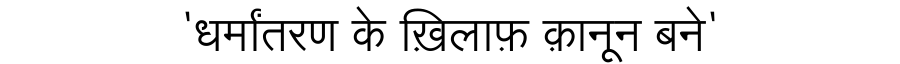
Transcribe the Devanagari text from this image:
'धर्मांतरण के ख़िलाफ़ क़ानून बने'